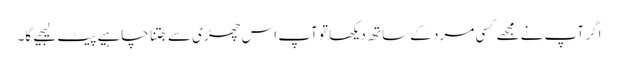
اگر آپ نے مجھے کسی مرد کے ساتھ دیکھا تو آپ اس چھڑی سے جتنا چاہیے پیٹ لیجیے گا۔